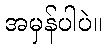
အမှန်ပါပဲ။